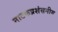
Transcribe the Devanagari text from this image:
नाटकप्रशंसनीय